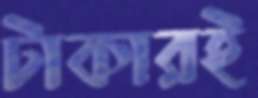
টাকারই